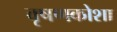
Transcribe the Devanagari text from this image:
वृषणकोशा